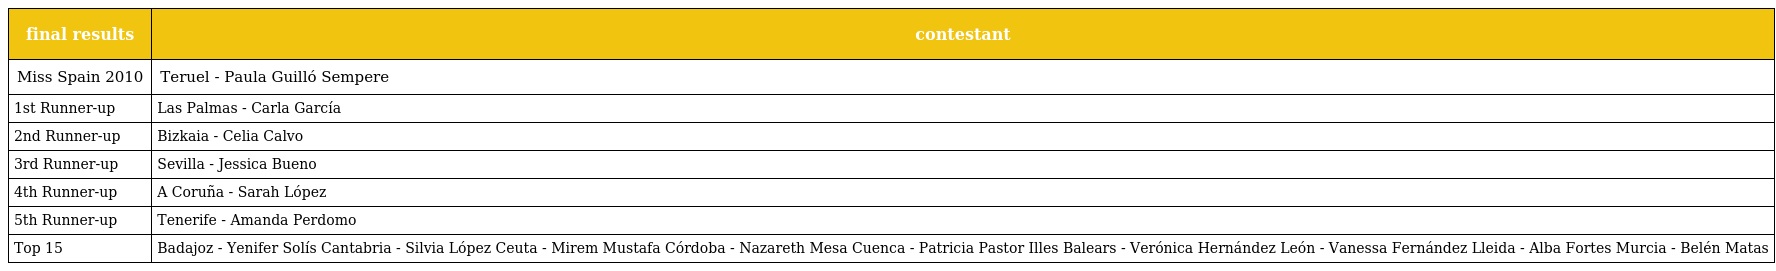
| final results | contestant |
 | --- | --- |
 | Miss Spain 2010 | Teruel - Paula Guilló Sempere |
 | 1st Runner-up | Las Palmas - Carla García |
 | 2nd Runner-up | Bizkaia - Celia Calvo |
 | 3rd Runner-up | Sevilla - Jessica Bueno |
 | 4th Runner-up | A Coruña - Sarah López |
 | 5th Runner-up | Tenerife - Amanda Perdomo |
 | Top 15 | Badajoz - Yenifer Solís Cantabria - Silvia López Ceuta - Mirem Mustafa Córdoba - Nazareth Mesa Cuenca - Patricia Pastor Illes Balears - Verónica Hernández León - Vanessa Fernández Lleida - Alba Fortes Murcia - Belén Matas |